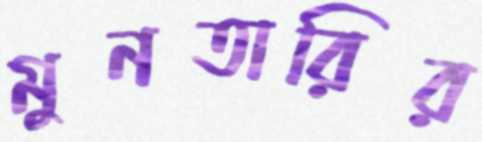
মুনতারির